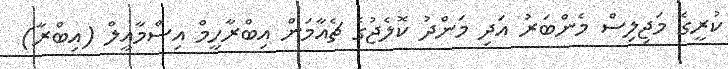
ކުރީގެ މަޖިލިސް މެންބަރު އަދި މަންދު ކޮލެޖުގެ ޗެއާމަން އިބްރާހީމް އިސްމާއީލް (އިބްރާ)